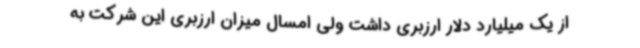
از یک میلیارد دلار ارزبری داشت ولی امسال میزان ارزبری این شرکت به